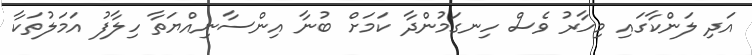
އަދި ލަންކާގައި މިހާރު ވެސް ހިނގަމުންދާ ކަމަށް ބުނާ އިންސާނިއްޔަތާ ހިލާފު އަމަލުތަކާ